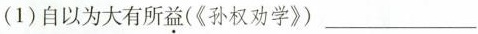
(1)自以为大有所益(《孙权劝学》)___